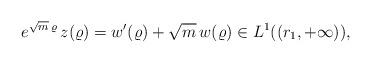
LaTeX: \begin{align*}e^{\sqrt{m}\, \varrho} \, z(\varrho)=w'(\varrho)+\sqrt{m}\,w(\varrho)\in L^1((r_1,+\infty)),\end{align*}